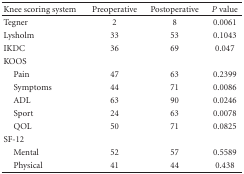
<table><thead><tr><td><b>Knee scoring system</b></td><td><b>Preoperative</b></td><td><b>Postoperative</b></td><td><b><i>P</i> value</b></td></tr></thead><tbody><tr><td>Tegner</td><td>2</td><td>8</td><td>0.0061</td></tr><tr><td>Lysholm</td><td>33</td><td>53</td><td>0.1043</td></tr><tr><td>IKDC</td><td>36</td><td>69</td><td>0.047</td></tr><tr><td>KOOS</td><td></td><td></td><td></td></tr><tr><td> Pain</td><td>47</td><td>63</td><td>0.2399</td></tr><tr><td> Symptoms</td><td>44</td><td>71</td><td>0.0086</td></tr><tr><td> ADL</td><td>63</td><td>90</td><td>0.0246</td></tr><tr><td> Sport</td><td>24</td><td>63</td><td>0.0078</td></tr><tr><td> QOL</td><td>50</td><td>71</td><td>0.0825</td></tr><tr><td>SF-12</td><td></td><td></td><td></td></tr><tr><td> Mental</td><td>52</td><td>57</td><td>0.5589</td></tr><tr><td> Physical</td><td>41</td><td>44</td><td>0.438</td></tr></tbody></table>